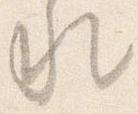
水